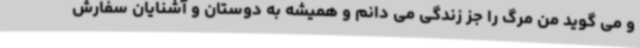
و می گوید من مرگ را جز زندگی می دانم و همیشه به دوستان و آشنایان سفارش